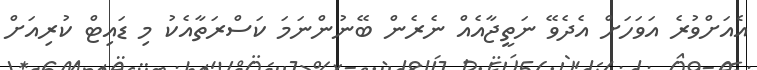
އެއަށްވުރެ އަވަހަށް އެދެވޭ ނަތީޖާއެއް ނެރެން ބޭނުންނަމަ ކަސްރަތާއެކު މި ޑައިޓް ކުރިއަށް